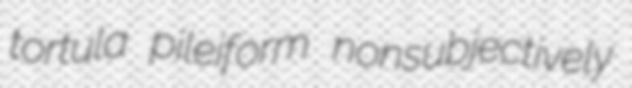
tortula pileiform nonsubjectively